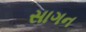
સાગન